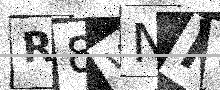
Text: R8WNHI